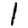
Digit: 1